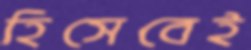
হিসেবেই